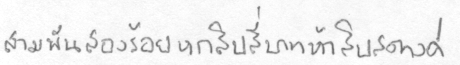
สามพันสองร้อยหกสิบสี่บาทห้าสิบสตางค์